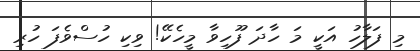
މި ފަލާހު އަކީ މަ ހާދަ ފޫހިވާ މީހެކޭ! ވިކި ހުސްވެފަ ހުރި